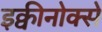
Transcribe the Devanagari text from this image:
इक्वीनोक्से